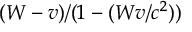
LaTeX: ( W - v ) / ( 1 - ( W v / c ^ { 2 } ) )